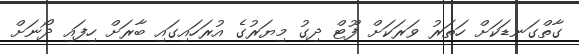
ގާތްގަނޑަކަށް ހަތަރު ވަރަކަށް ފޫޓް ދިގު މިޔަރުގެ އުރަހައިގައި ބާރަަށް ހިފައި ދޯނަށް